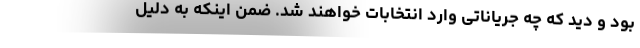
بود و دید که چه جریاناتی وارد انتخابات خواهند شد. ضمن اینکه به دلیل